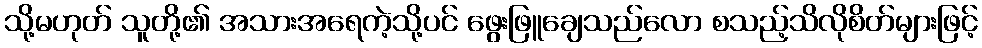
သို့မဟုတ် သူတို့၏ အသားအရေကဲ့သို့ပင် ဖွေးဖြူချေသည်လော စသည့်သိလိုစိတ်များဖြင့်